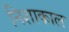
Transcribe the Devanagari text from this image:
निशाकाल